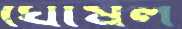
ঘোষল